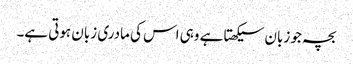
بچہ جو زبان سیکھتا ہے وہی اس کی مادری زبان ہوتی ہے۔